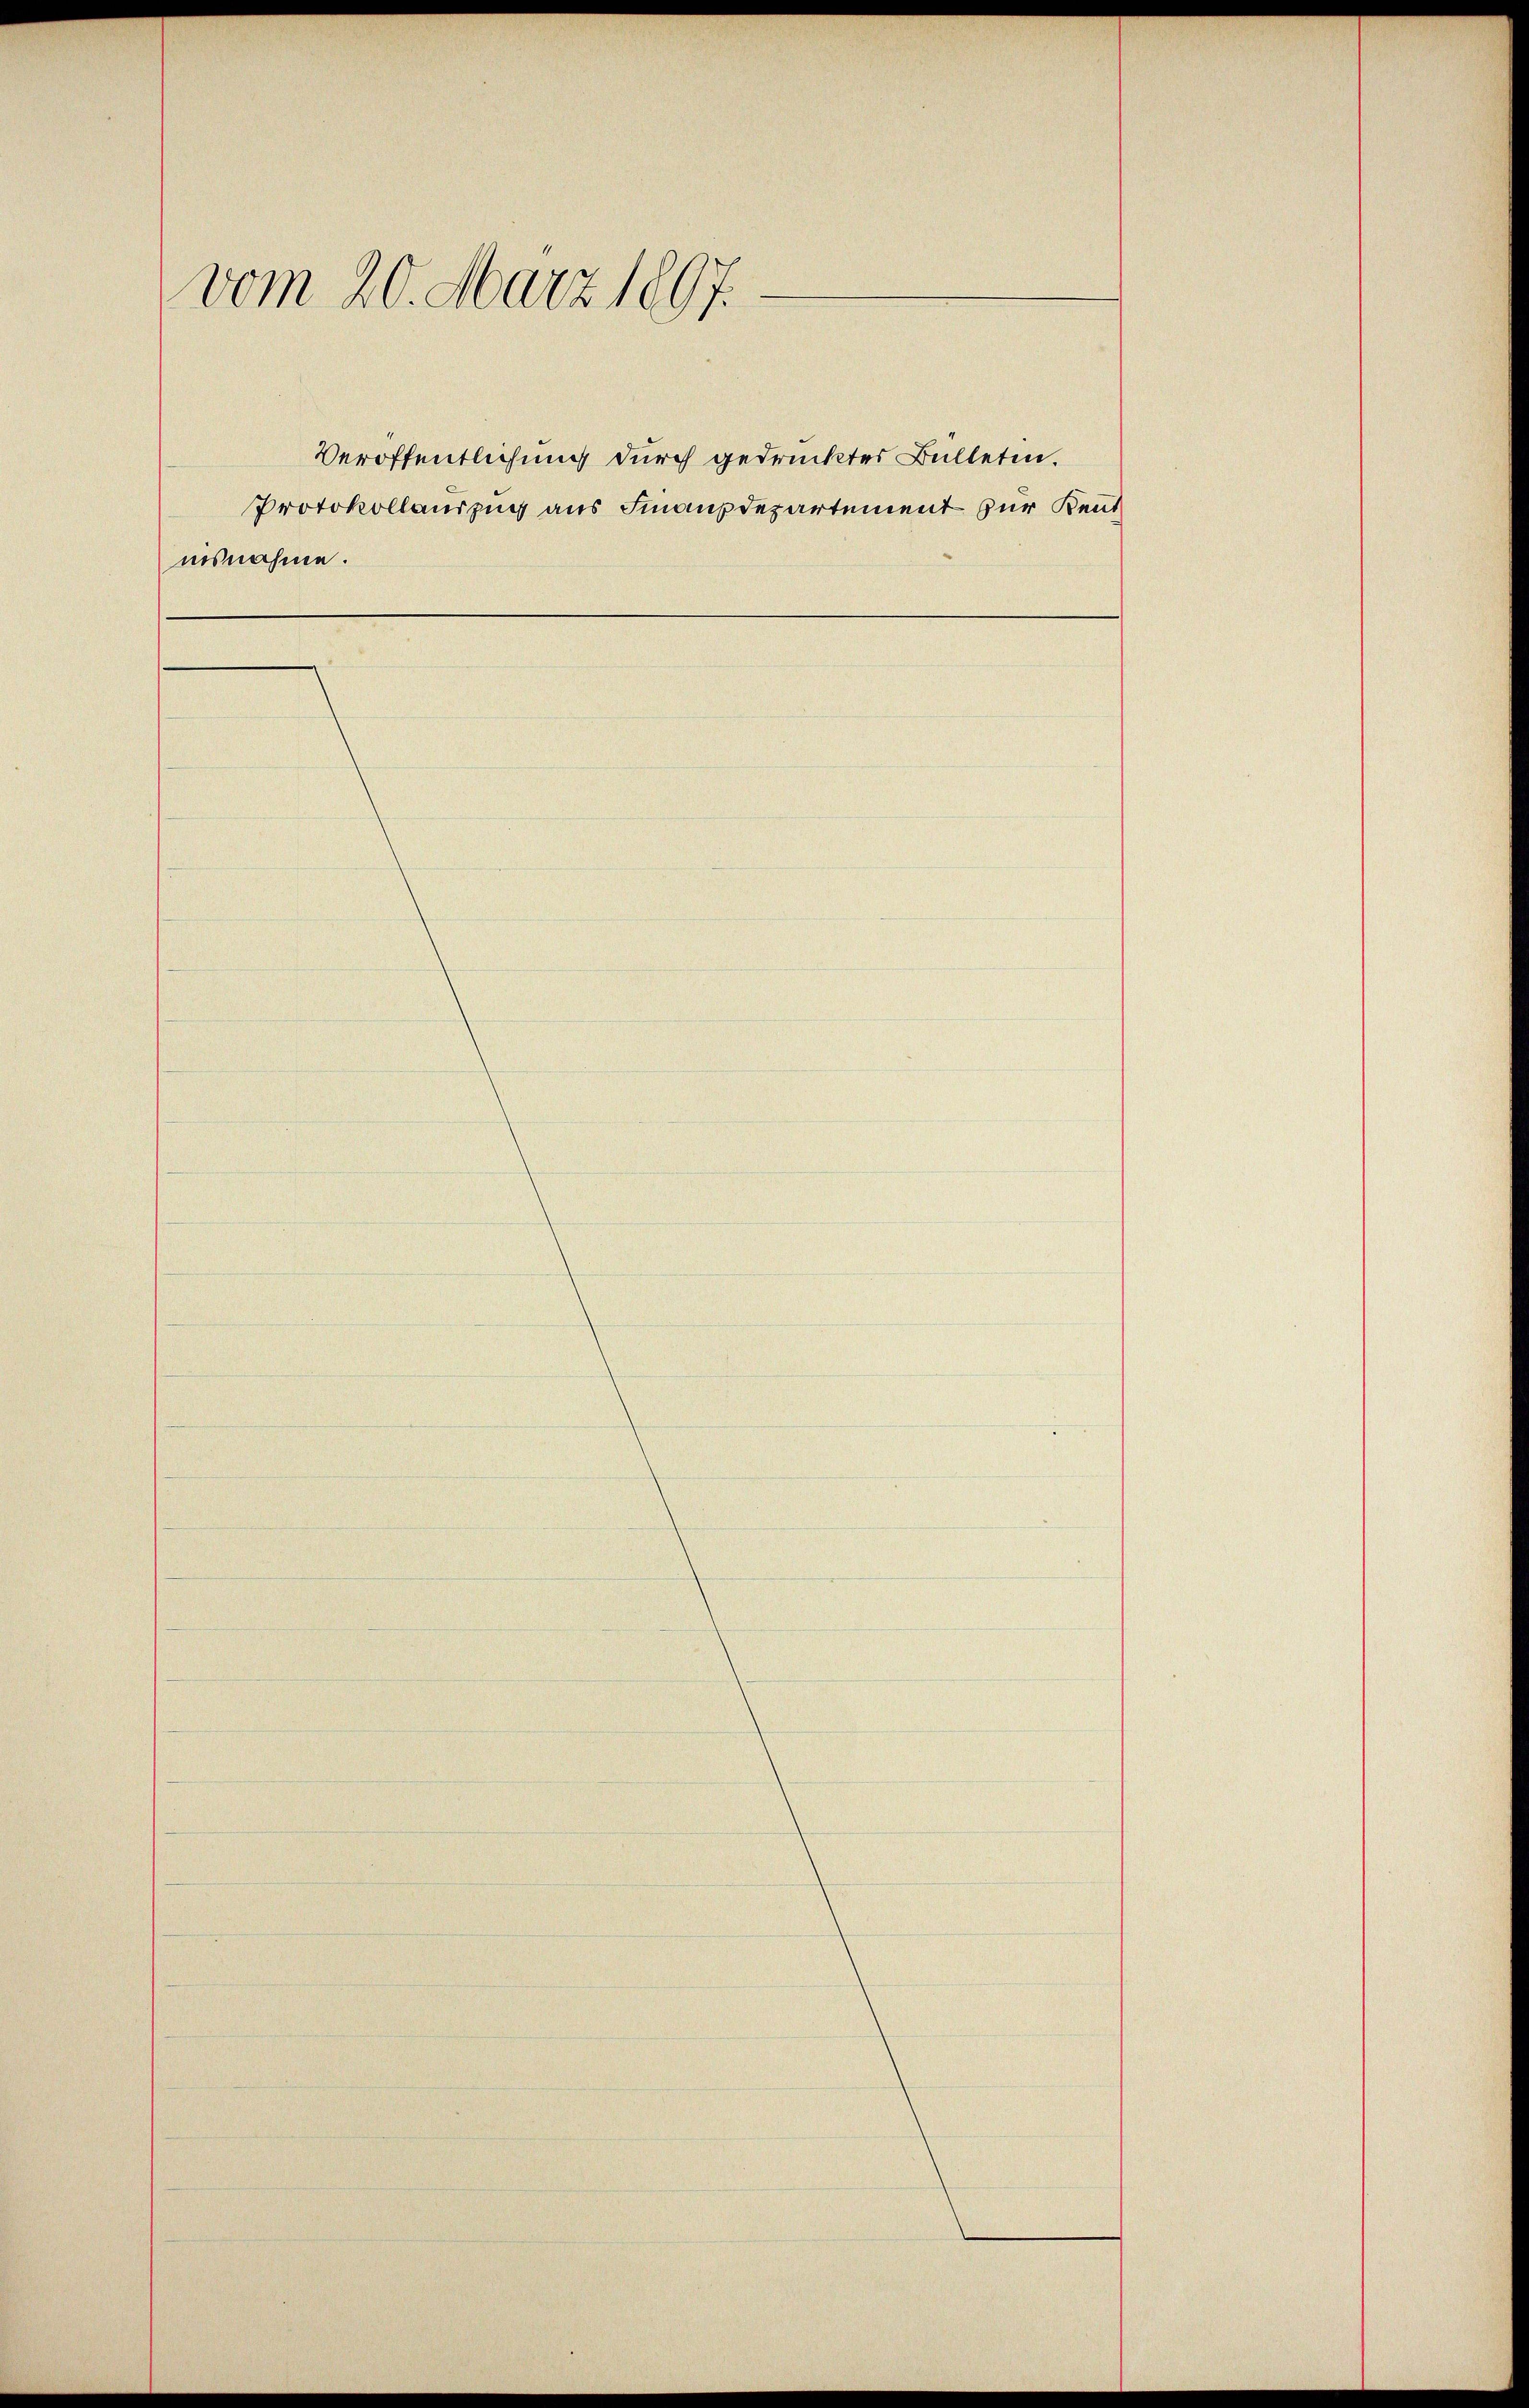
vom 20. März 1807.

Protokollauszug aus Finanzdepartement zur Kenntnisnahme.

Veröffentlichung durch gedrucktes Bülletin.